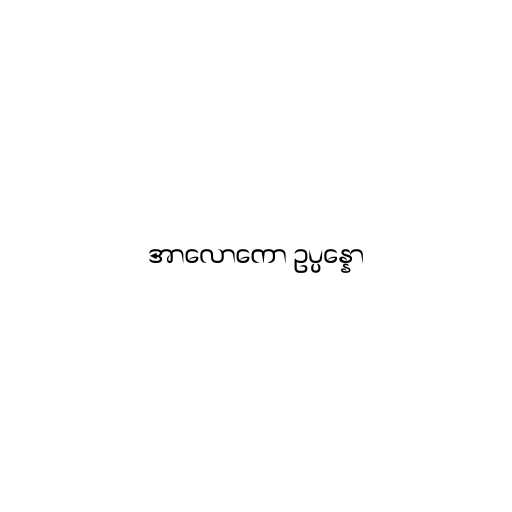
အာလောကော ဥပ္ပန္နော